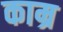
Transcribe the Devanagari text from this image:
काम्र